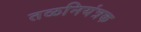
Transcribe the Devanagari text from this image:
तळनियंत्रक